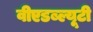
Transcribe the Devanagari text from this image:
वीएडब्ल्यूटी